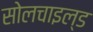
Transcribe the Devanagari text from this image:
सोलचाइल्ड